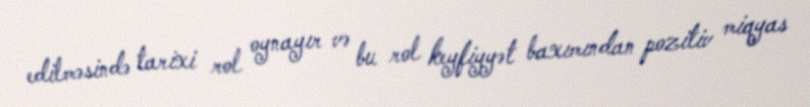
edilməsində tarixi rol oynayır və bu rol keyfiyyət baxımından pozitiv miqyas